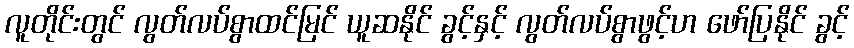
လူတိုင်းတွင် လွတ်လပ်စွာထင်မြင် ယူဆနိုင် ခွင့်နှင့် လွတ်လပ်စွာဖွင့်ဟ ဖော်ပြနိုင် ခွင့်